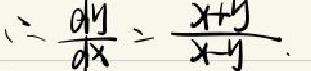
\(\therefore\frac{dy}{dx}=\frac{x + y}{x - y}\)